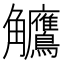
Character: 𬷺